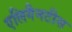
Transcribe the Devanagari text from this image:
एलिगैनटीस